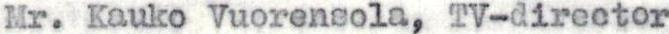
Mr. Kauko Vuorensola, TV-director